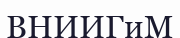
ВНИИГиМ